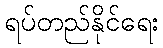
ရပ်တည်နိုင်ရေး